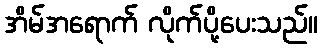
အိမ်အရောက် လိုက်ပို့ပေးသည်။